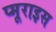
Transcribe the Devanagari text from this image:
प्मूराइस